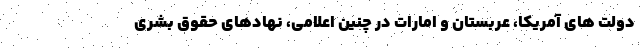
دولت های آمریکا، عربستان و امارات در چنین اعلامی، نهادهای حقوق بشری